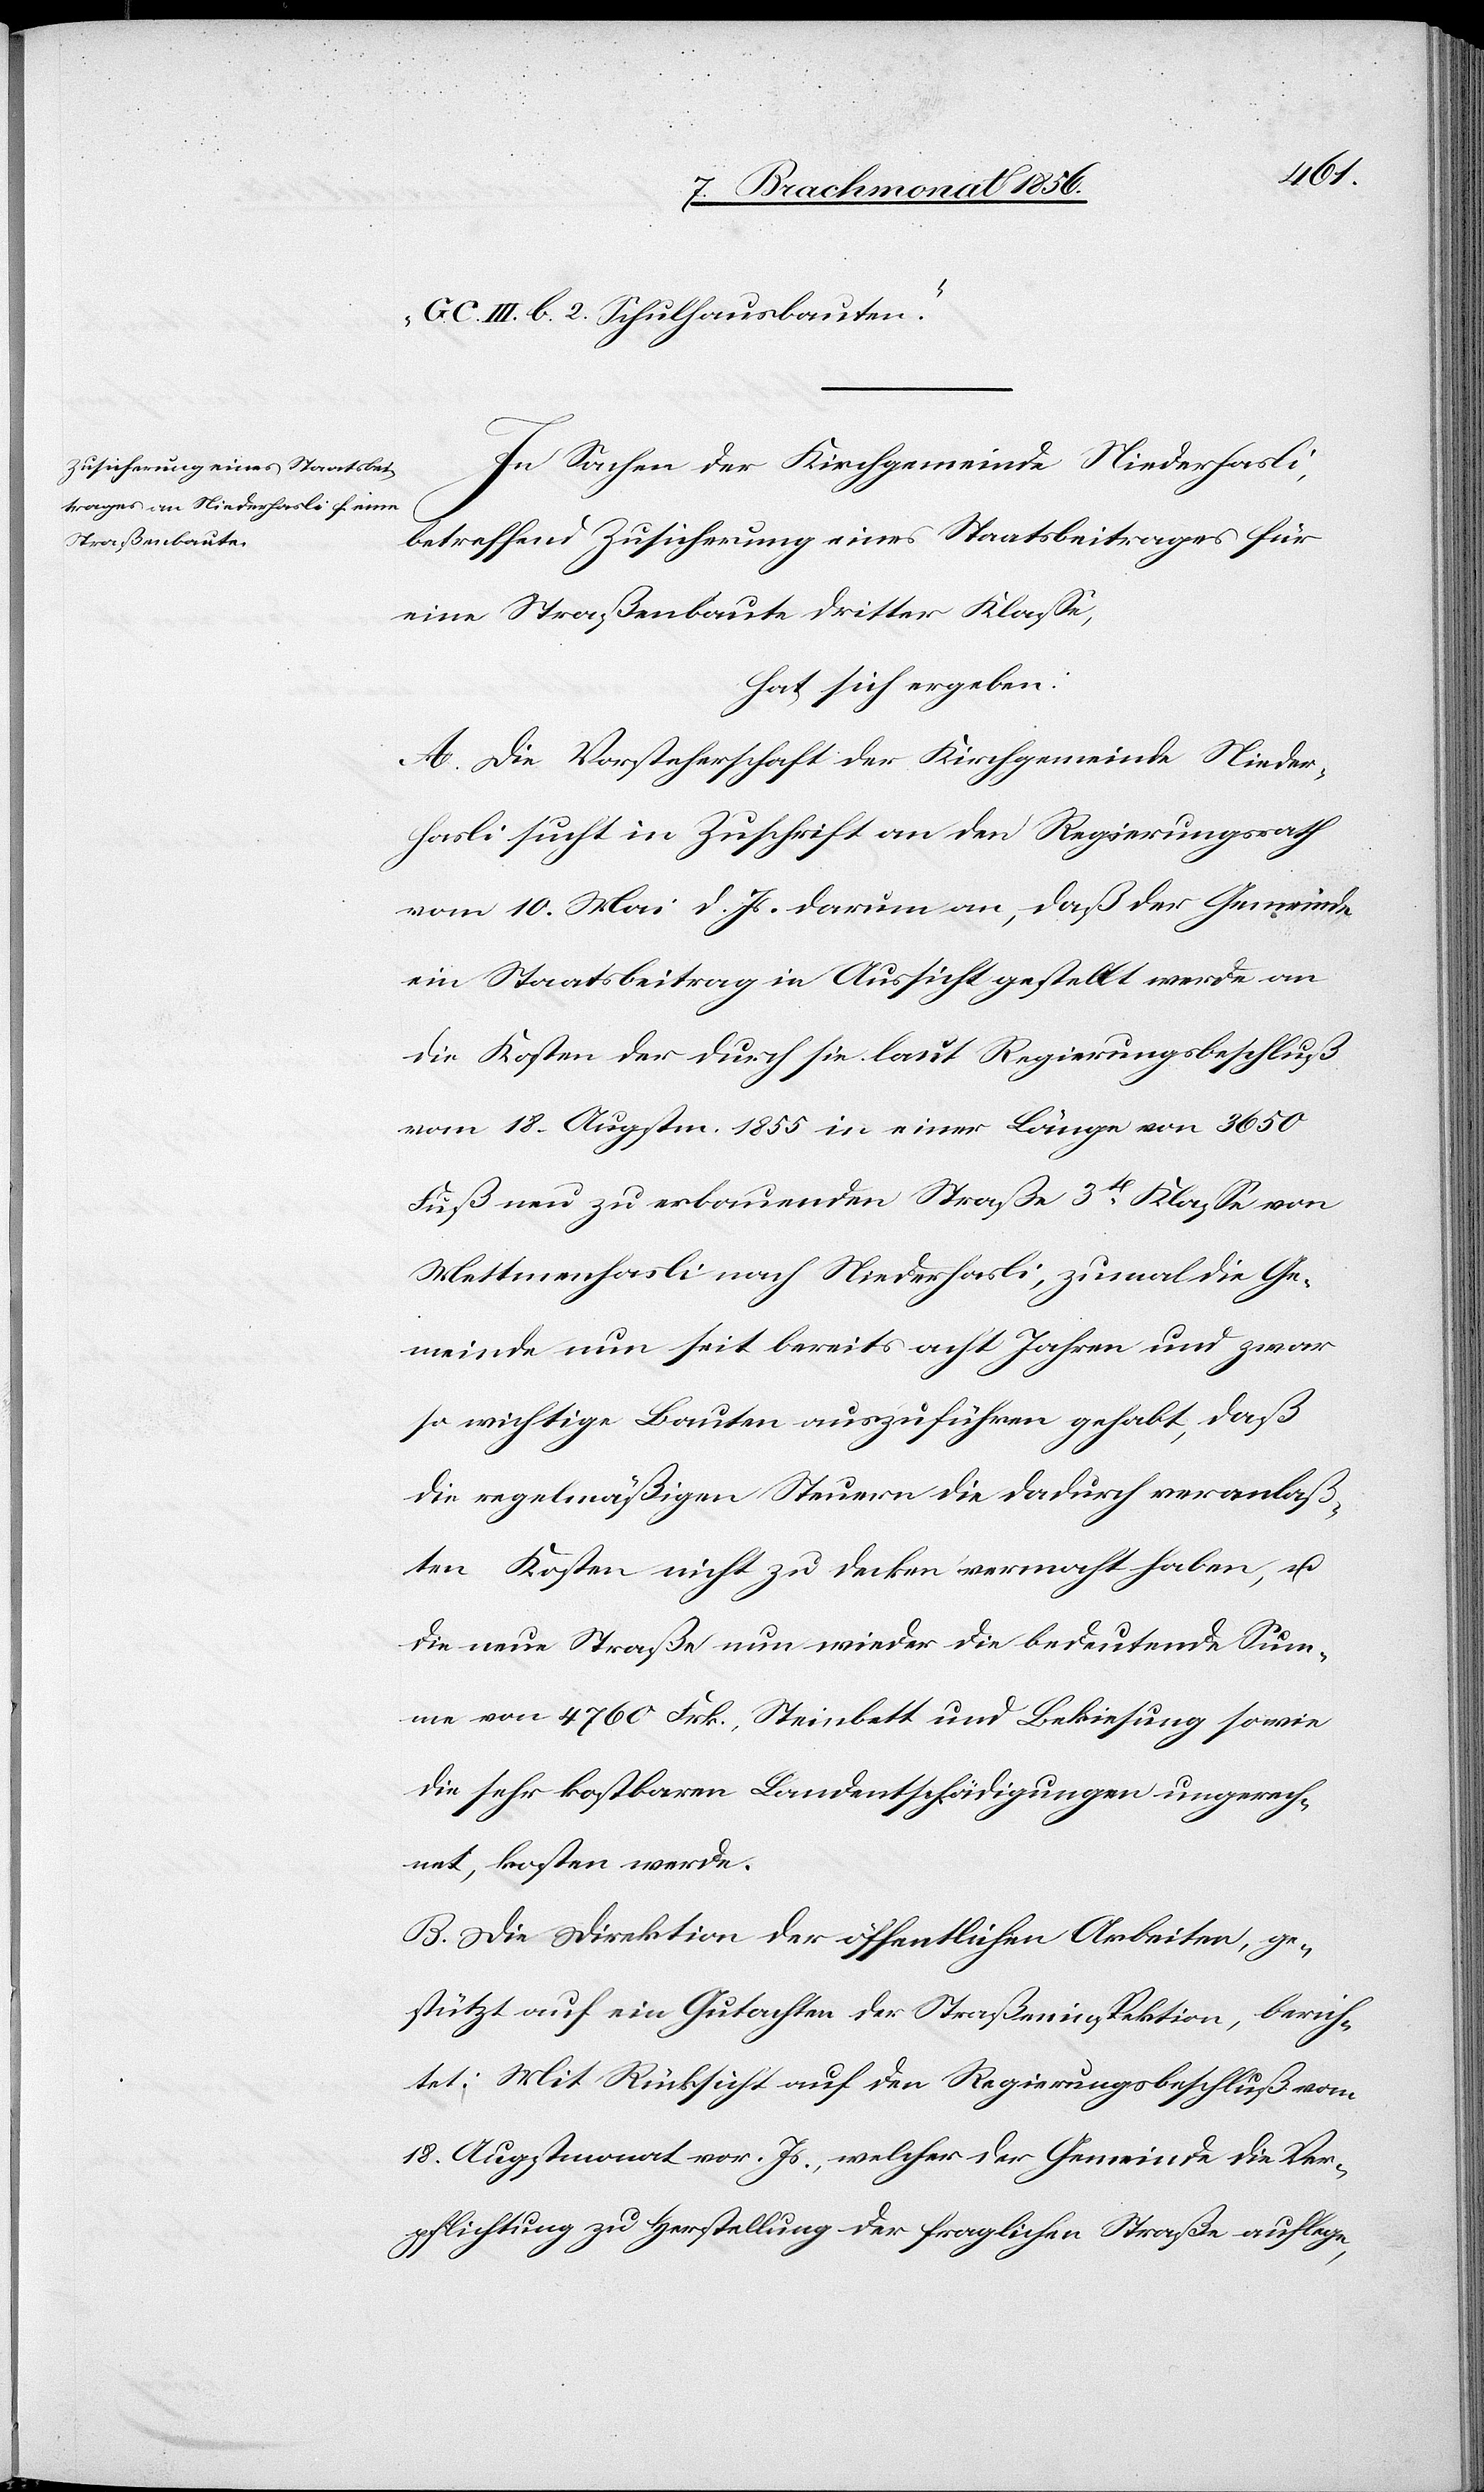
C. III. b. 2. Schulhausbauten".
In Sachen der Kirchgemeinde Niederhasli,
betreffend Zusicherung eines Staatsbeitrages für
eine Straßenbaute dritter Klasse,
hat sich ergeben:
A. Die Vorsteherschaft der Kirchgemeinde Nieder¬
hasli sucht in Zuschrift an den Regierungsrath
vom 10. Mai d. Js. darum an, daß der Gemeinde
ein Staatsbeitrag in Aussicht gestellt werde an
die Kosten der durch sie laut Regierungsbeschluß
vom 18. Augstin. 1855 in einer Länge von 3650
Fuß neu zu erbauenden Straße 3t Klasse von
Mettmenhasli nach Niederhasli, zumal die Ge¬
meinde nun seit bereits acht Jahren und zwar
so wichtige Bauten auszuführen gehabt, daß
die regelmäßigen Steuern die dadurch veranlaß¬
ten Kosten nicht zu decken vermocht haben, u.
die neue Straße nun wieder die bedeutende Sum¬
me von 4760 Frk., Steinbett und Bekiesung sowie
die sehr kostbaren Landentschädigungen ungerech¬
net, kosten werde.
B. Die Direktion der öffentlichen Arbeiten, ge¬
stützt auf ein Gutachten der Straßeninspektion, berich¬
tet: Mit Rücksicht auf den Regierungsbeschluß vom
18. Augstmonat vor. Js., welcher der Gemeinde die Ver¬
pflichtung zu Herstellung der fraglichen Straße auflege,